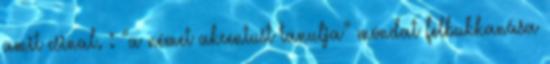
amit csinal. : “a német akcentust tanulja” mondat felbukkanása